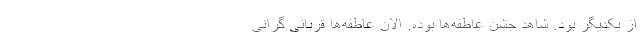
از یکدیگر بود. شاهد جشن عاطفه‌ها بوده. الان عاطفه‌ها قربانی گرانی